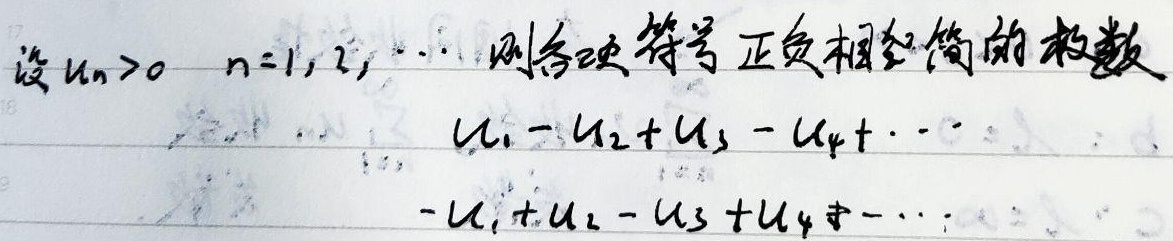
设\(u_n>0\)，\(n = 1,2,\cdots\)，则各项符号正负相间的级数
\[u_1 - u_2 + u_3 - u_4+\cdots\]
\[ - u_1 + u_2 - u_3 + u_4-\cdots\]